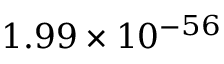
1 . 9 9 \times 1 0 ^ { - 5 6 }